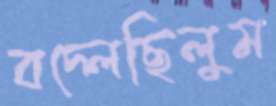
বদ্‌লেছিলুম